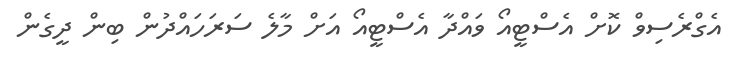
އެގްރެސިވް ކޮށް އެސްޓީއޯ ވައްދާ އެސްޓީއޯ އަށް މާލެ ސަރަހައްދުން ބިން ދީގެން